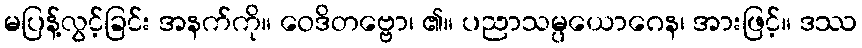
မပြန့်လွင့်ခြင်း အနက်ကို။ ဝေဒိတဗ္ဗော၊ ၏။ ပညာသမ္ပယောဂေန၊ အားဖြင့်။ ဒဿ